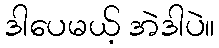
ဒါပေမယ့် အဲဒါပဲ။